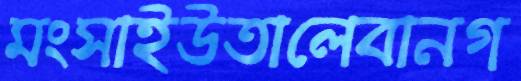
মংসাইউতালেবানগ